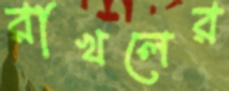
রাখলের